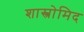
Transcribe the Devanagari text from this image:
शास्त्रोमिद